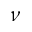
\nu